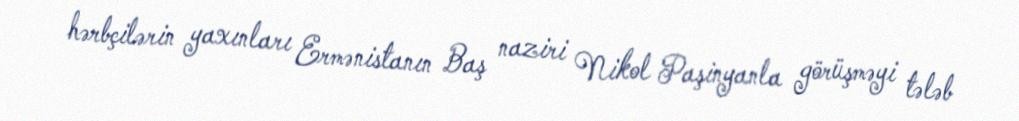
hərbçilərin yaxınları Ermənistanın Baş naziri Nikol Paşinyanla görüşməyi tələb